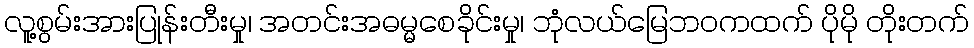
လူ့စွမ်းအားပြုန်းတီးမှု၊ အတင်းအဓမ္မစေခိုင်းမှု၊ ဘုံလယ်မြေဘဝကထက် ပိုမို တိုးတက်